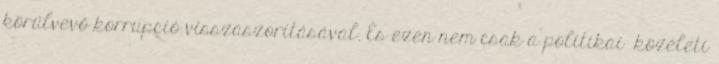
körülvevő korrupció visszaszorításával. És ezen nem csak a politikai közéleti